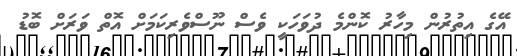
އޭގެ އިތުރުން މިހާރު ކޮންމެ ދުވަހަކީ ވެސް ނޫސްވެރިކަމަށް އޮތް ވަރަށް ބޮޑު